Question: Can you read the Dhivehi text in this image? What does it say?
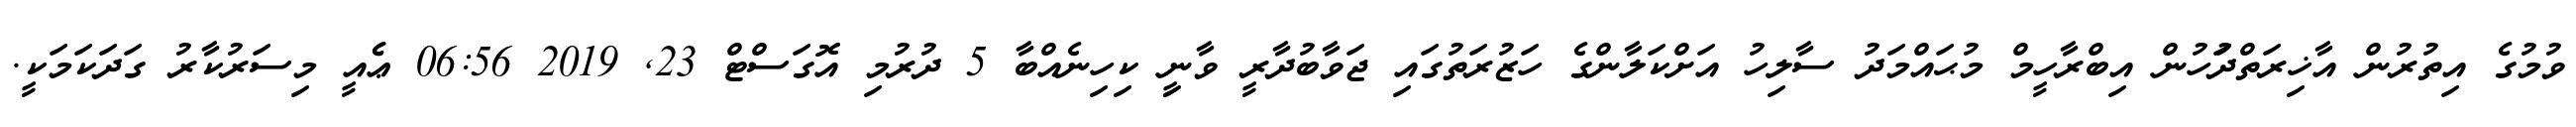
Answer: ވުމުގެ އިތުރުން އާޚިރަތްދުަހުން އިބްރާހީމް މުޙައްމަދު ސާލިހު އަށްކަލާންގެ ހަޒުރަތުގައި ޖަވާބުދާރީ ވާނީި ކިހިނެއްބާ 5 ދުރުމި އޮގަސްޓް 23, 2019 06:56 ޢެެއީ މިސަރުކާރު ގަދަކަމަކީ.